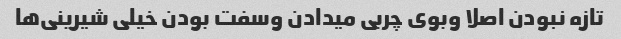
تازه نبودن اصلا وبوی چربی میدادن وسفت بودن خیلی شیرینی‌ها